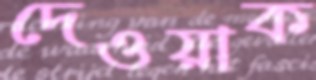
দেওয়াক